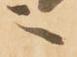
之